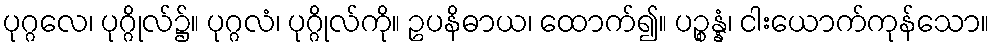
ပုဂ္ဂလေ၊ ပုဂ္ဂိုလ်၌။ ပုဂ္ဂလံ၊ ပုဂ္ဂိုလ်ကို။ ဥပနိဓာယ၊ ထောက်၍။ ပဉ္စန္နံ၊ ငါးယောက်ကုန်သော။